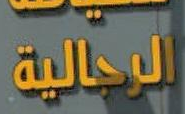
الرجالية